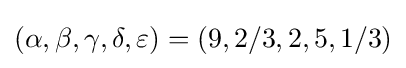
(\alpha ,\beta ,\gamma ,\delta ,\varepsilon )=(9,2/3,2,5,1/3)